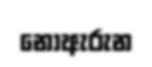
නොඇරුන